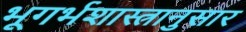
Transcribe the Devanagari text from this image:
भूगर्भशास्त्रानुसार